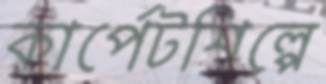
কার্পেটশিল্পে